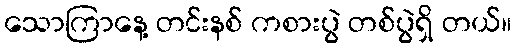
သောကြာနေ့ တင်းနစ် ကစားပွဲ တစ်ပွဲရှိ တယ်။